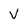
Character: V